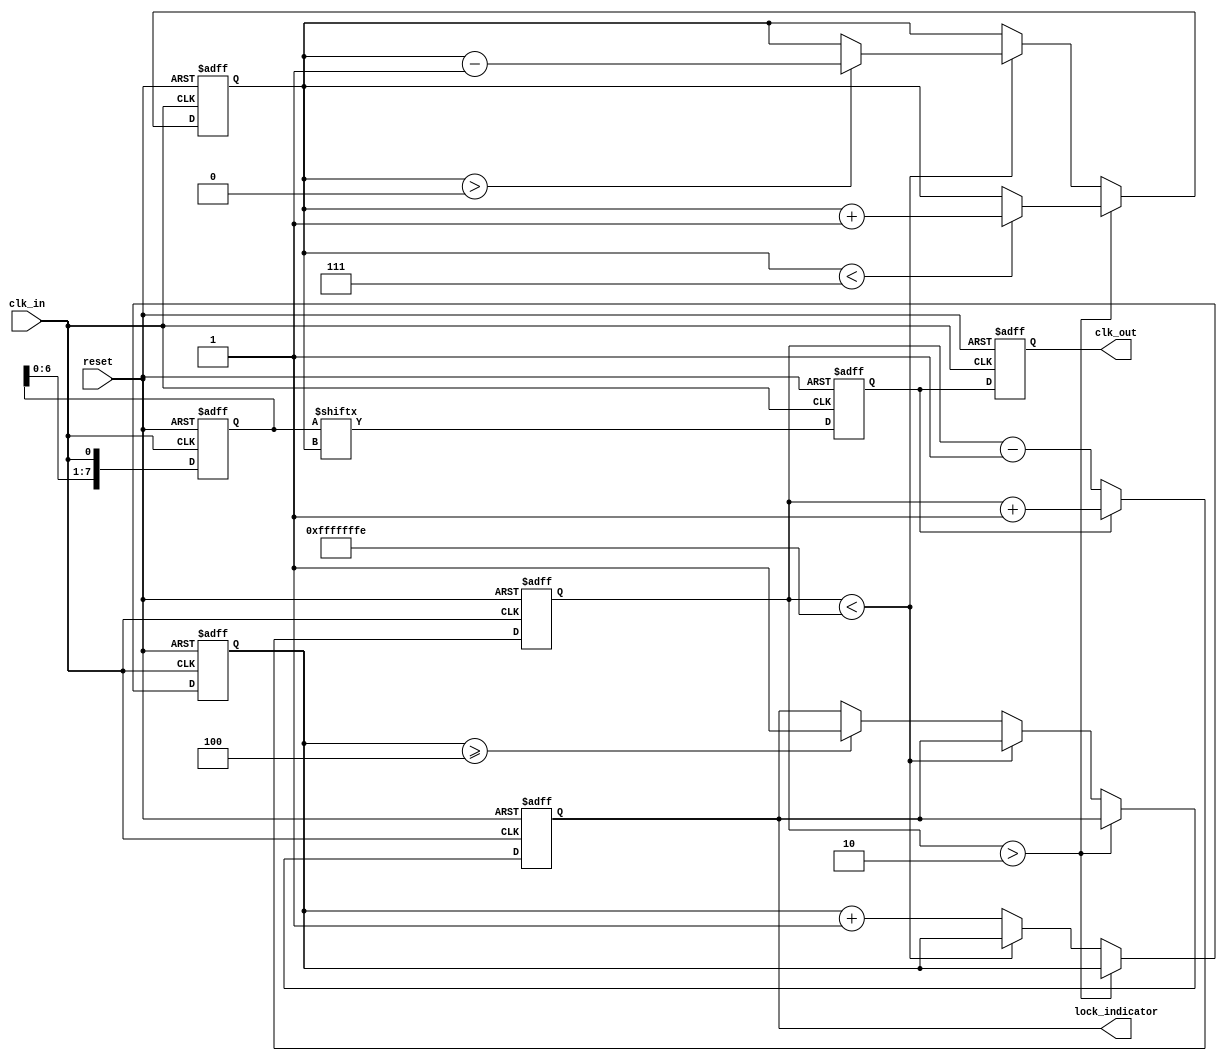
module MemoryBlocksDLL (
    input wire clk_in,          // Input clock signal
    input wire reset,           // Reset signal
    output reg clk_out,         // Output clock signal
    output reg lock_indicator    // Lock indicator signal
);

    // Parameters
    parameter NUM_DELAY_ELEMENTS = 8; // Number of delay elements
    parameter DELAY_STEP = 1;          // Delay step size
    parameter LOCK_THRESHOLD = 2;       // Threshold for lock indication

    // Internal signals
    reg [NUM_DELAY_ELEMENTS-1:0] delay_elements; // Delay elements (memory blocks)
    reg [3:0] phase_error;                     // Phase error signal
    reg [3:0] delay_count;                     // Current delay count
    reg [3:0] lock_counter;                    // Lock counter for stability
    reg clk_out_temp;                          // Temporary output clock

    // Phase Detector
    always @(posedge clk_in or posedge reset) begin
        if (reset) begin
            phase_error <= 0;
        end else begin
            // Simple phase comparison logic
            // Assuming clk_out_temp is sampled at the same time as clk_in
            if (clk_out_temp) begin
                phase_error <= phase_error + 1; // Output is leading
            end else begin
                phase_error <= phase_error - 1; // Output is lagging
            end
        end
    end

    // Control Logic
    always @(posedge clk_in or posedge reset) begin
        if (reset) begin
            delay_count <= 0;
            lock_counter <= 0;
            lock_indicator <= 0;
        end else begin
            // Adjust delay based on phase error
            if (phase_error > LOCK_THRESHOLD) begin
                if (delay_count < NUM_DELAY_ELEMENTS - 1) begin
                    delay_count <= delay_count + DELAY_STEP; // Increase delay
                end
            end else if (phase_error < -LOCK_THRESHOLD) begin
                if (delay_count > 0) begin
                    delay_count <= delay_count - DELAY_STEP; // Decrease delay
                end
            end else begin
                lock_counter <= lock_counter + 1;
                if (lock_counter >= 4) begin // Simple lock condition
                    lock_indicator <= 1;
                end
            end
        end
    end

    // Delay Elements (Memory Blocks)
    always @(posedge clk_in or posedge reset) begin
        if (reset) begin
            delay_elements <= 0;
            clk_out_temp <= 0;
        end else begin
            // Shift the delay elements based on delay_count
            delay_elements <= {delay_elements[NUM_DELAY_ELEMENTS-2:0], clk_in};
            clk_out_temp <= delay_elements[delay_count]; // Select the delayed clock
        end
    end

    // Output Buffer
    always @(posedge clk_in or posedge reset) begin
        if (reset) begin
            clk_out <= 0;
        end else begin
            clk_out <= clk_out_temp; // Drive the output clock
        end
    end

endmodule